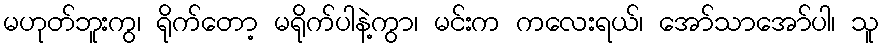
မဟုတ်ဘူးကွ၊ ရိုက်တော့ မရိုက်ပါနဲ့ကွာ၊ မင်းက ကလေးရယ်၊ အော်သာအော်ပါ၊ သူ